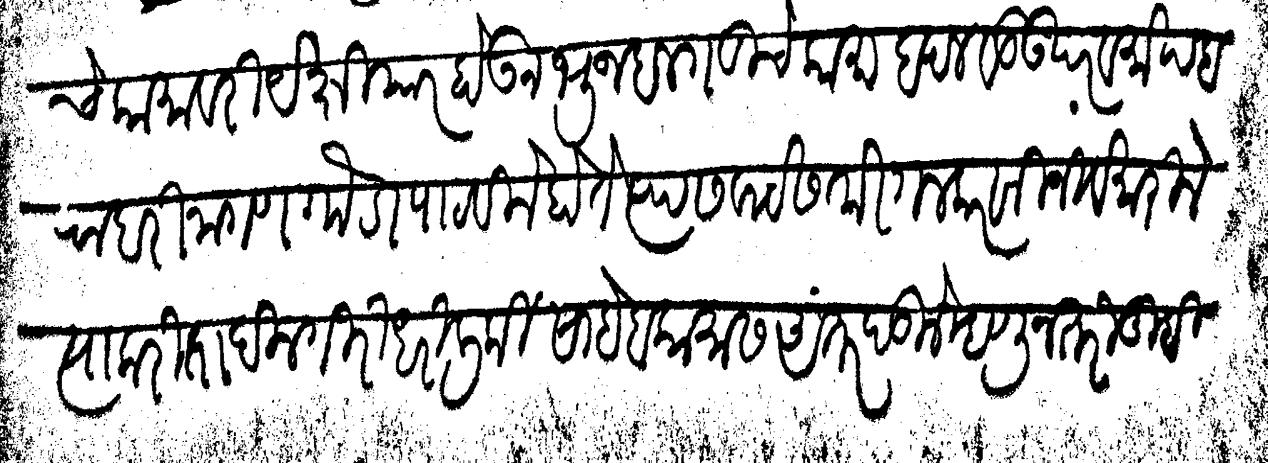
Transliteration (Devanagari): चे कामावरी येक्षियार होऊन भुजबलगडीचे कामाबदल वडउपर व मोपबराबरी नागणगौडा पाठविले होते त्यास वाटेस तोरगलकरांनी जिवे मारिले त्याकरिता दिलगिरी धरिली की साहेबकामास अंतर पडिले म्हणून तरी तुम्ही